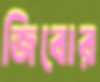
জিবোর